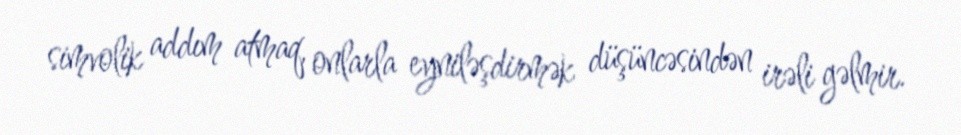
simvolik addım atmaq, onlarla eyniləşdirmək düşüncəsindən irəli gəlmir.